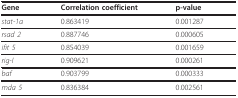
<table><thead><tr><td><b>Gene</b></td><td><b>Correlation coefficient</b></td><td><b>p-value</b></td></tr></thead><tbody><tr><td><i>stat-1a</i></td><td>0.863419</td><td>0.001287</td></tr><tr><td><i>rsad 2</i></td><td>0.887746</td><td>0.000605</td></tr><tr><td><i>ifit 5</i></td><td>0.854039</td><td>0.001659</td></tr><tr><td><i>rig-I</i></td><td>0.909621</td><td>0.000261</td></tr><tr><td><i>baf</i></td><td>0.903799</td><td>0.000333</td></tr><tr><td><i>mda 5</i></td><td>0.836384</td><td>0.002561</td></tr></tbody></table>